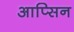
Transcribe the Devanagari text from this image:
आप्सिन